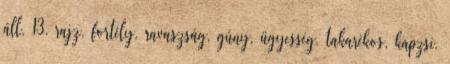
áll, 13. rajz, fortély, ravaszság, gúny, ügyesség, takarékos, kapzsi,